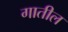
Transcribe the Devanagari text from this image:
गातील